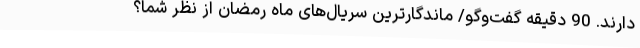
دارند. 90 دقیقه گفت‌وگو/ ماندگارترین سریال‌های ماه رمضان از نظر شما؟